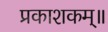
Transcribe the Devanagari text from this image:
प्रकाशकम्॥